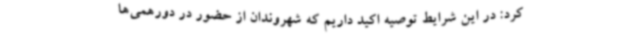
کرد: در این شرایط توصیه اکید داریم که شهروندان از حضور در دورهمی‌ها